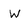
Character: W